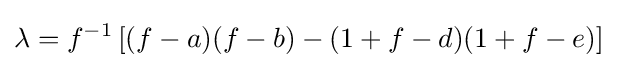
\lambda =f^{-1}\left[(f-a)(f-b)-(1+f-d)(1+f-e)\right]